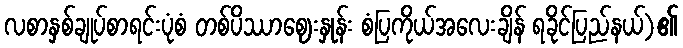
လစာနှစ်ချုပ်စာရင်းပုံစံ တစ်ပိဿာဈေးနှုန်း စံပြကိုယ်အလေးချိန် ရခိုင်ပြည်နယ်)၏